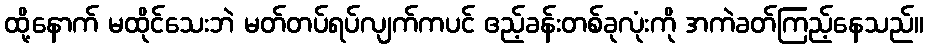
ထို့နောက် မထိုင်သေးဘဲ မတ်တပ်ရပ်လျက်ကပင် ဧည့်ခန်းတစ်ခုလုံးကို အကဲခတ်ကြည့်နေသည်။